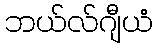
ဘယ်လ်ဂျီယံ